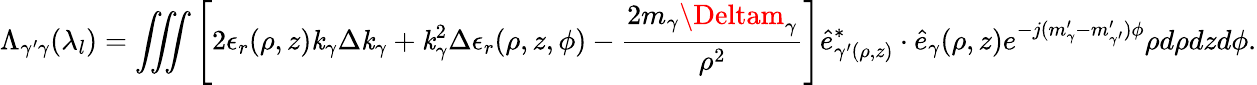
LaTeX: \Lambda_{\gamma^{\prime}\gamma}(\lambda_{l})=\iiint\left[2\epsilon_{r}(\rho,z)\mathit{k}_{\gamma}\Delta\mathit{k}_{\gamma}+\mathit{k}_{\gamma}^{2}\Delta\epsilon_{r}(\rho,z,\phi)-\frac{{2m_{\gamma}\Deltam_{\gamma}}}{{\rho^{2}}}\right]\hat{{e}}_{\gamma^{\prime}(\rho,z)}^{*}\cdot\hat{{e}}_{\gamma}(\rho,z)e^{-j(m_{\gamma}^{\prime}-m_{\gamma^{\prime}}^{\prime})\phi}{\rho}d{\rho}dzd\phi.